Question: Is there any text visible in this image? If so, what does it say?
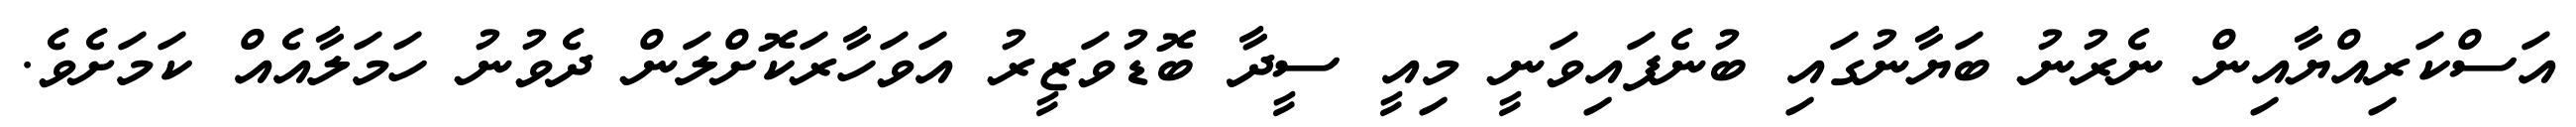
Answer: އަސްކަރިއްޔާއިން ނެރުނު ބަޔާނުގައި ބުނެފައިވަނީ މިއީ ސީދާ ބޮޑުވަޒީރު އަވަހާރަކޮށްލަން ދެވުނު ހަމަލާއެއް ކަމަށެވެ.